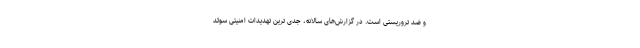
و ضد تروریستی است. در گزارش‌های سالانه، جدی ترین تهدیدات امنیتی سوئد